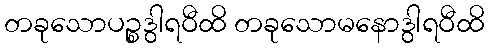
တခုသောပဉ္စဒွါရဝီထိ တခုသောမနောဒွါရဝီထိ